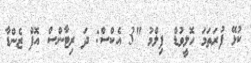
ކުޅޭ ފުރަތަމަ ހޮލީވުޑް ފިލްމު "3 އެކްސް: ދަ ރިޓާންސް އޮފް ޒެންޑާ